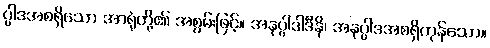
ပ္ပါဒအစရှိသော အာရုံတို့၏ အစွမ်းဖြင့်။ အနုပ္ပါဒါဒီနိ၊ အနုပ္ပါဒအစရှိကုန်သော။